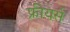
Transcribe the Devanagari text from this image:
फ्रीयर्स